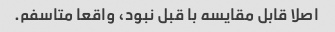
اصلا قابل مقایسه با قبل نبود، واقعا متاسفم.